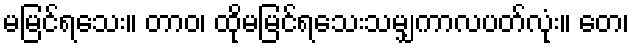
မမြင်ရသေး။ တာဝ၊ ထိုမမြင်ရသေးသမျှကာလပတ်လုံး။ တေ၊